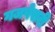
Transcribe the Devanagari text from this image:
गजपेसरी